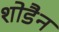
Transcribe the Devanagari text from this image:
शोडैन